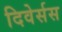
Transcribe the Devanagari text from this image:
दिवेर्सस